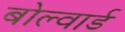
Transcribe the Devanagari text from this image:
बोल्वार्ड